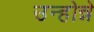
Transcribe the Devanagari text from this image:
उन्होन्ने